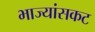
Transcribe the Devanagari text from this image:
भाज्यांसकट